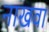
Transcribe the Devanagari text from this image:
नाखवा